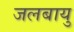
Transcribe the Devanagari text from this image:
जलबायु